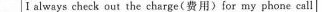
I always check out the charge(费用〉for my phone call